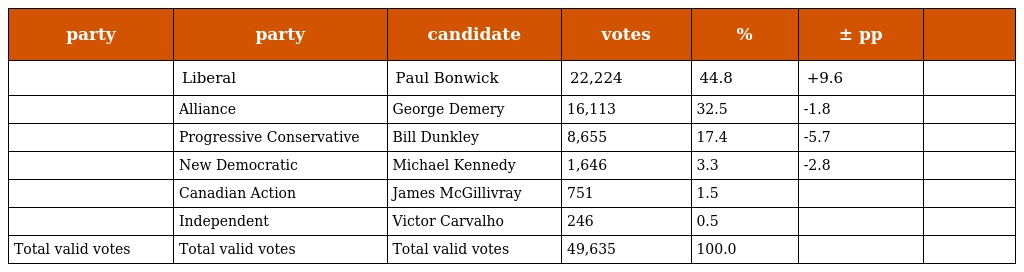
| party | party | candidate | votes | % | ± pp |  |
 | --- | --- | --- | --- | --- | --- | --- |
 |  | Liberal | Paul Bonwick | 22,224 | 44.8 | +9.6 |  |
 |  | Alliance | George Demery | 16,113 | 32.5 | -1.8 |  |
 |  | Progressive Conservative | Bill Dunkley | 8,655 | 17.4 | -5.7 |  |
 |  | New Democratic | Michael Kennedy | 1,646 | 3.3 | -2.8 |  |
 |  | Canadian Action | James McGillivray | 751 | 1.5 |  |  |
 |  | Independent | Victor Carvalho | 246 | 0.5 |  |  |
 | Total valid votes | Total valid votes | Total valid votes | 49,635 | 100.0 |  |  |